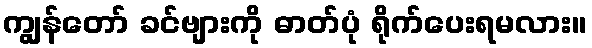
ကျွန်တော် ခင်ဗျားကို ဓာတ်ပုံ ရိုက်ပေးရမလား။